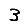
Digit: 3